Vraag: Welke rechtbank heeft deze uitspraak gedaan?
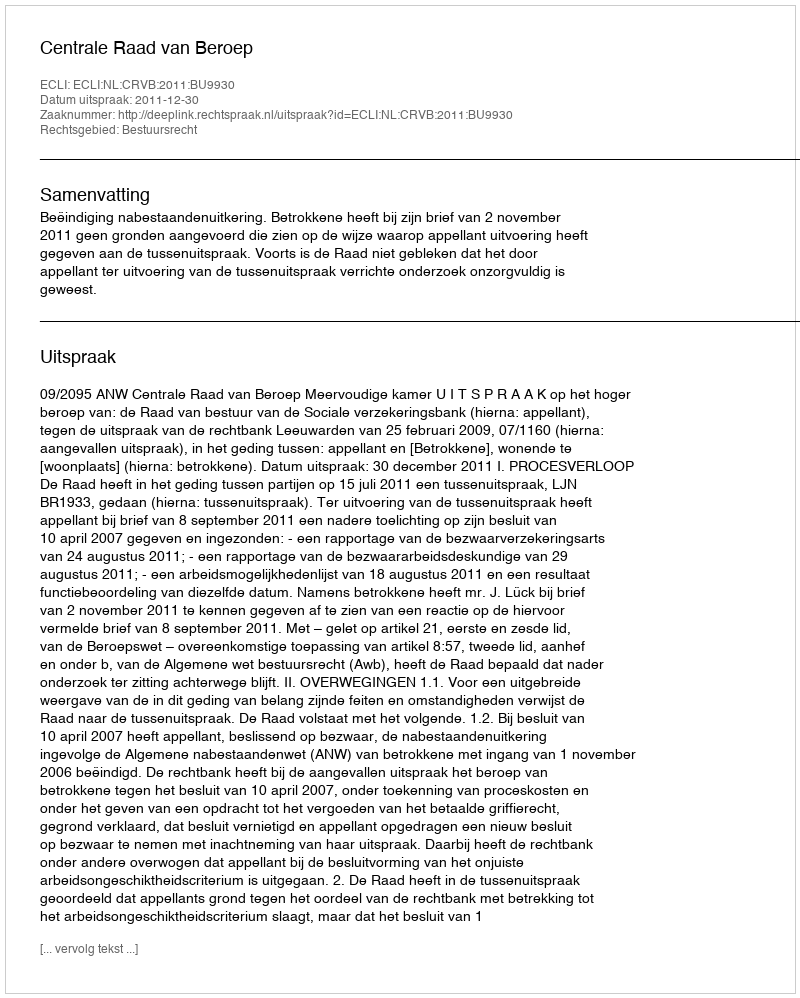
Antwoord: Centrale Raad van Beroep